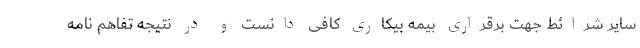
سایر شرائط جهت برقراری بیمه بیکاری کافی دانست و در نتیجه تفاهم نامه